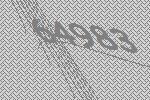
64983